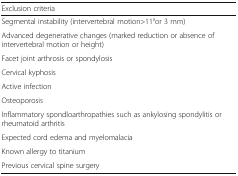
<table><thead><tr><td colspan="2"><b>Exclusion criteria</b></td></tr></thead><tbody><tr><td colspan="2">Segmental instability (intervertebral motion&gt;11°or 3 mm)</td></tr><tr><td colspan="2">Advanced degenerative changes (marked reduction or absence of intervertebral motion or height)</td></tr><tr><td colspan="2">Facet joint arthrosis or spondylosis</td></tr><tr><td colspan="2">Cervical kyphosis</td></tr><tr><td colspan="2">Active infection</td></tr><tr><td colspan="2">Osteoporosis</td></tr><tr><td colspan="2">Inflammatory spondloarthropathies such as ankylosing spondylitis or rheumatoid arthritis</td></tr><tr><td colspan="2">Expected cord edema and myelomalacia</td></tr><tr><td colspan="2">Known allergy to titanium</td></tr><tr><td colspan="2">Previous cervical spine surgery</td></tr></tbody></table>